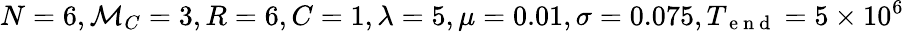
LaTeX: N=6,\mathcal{M}_{C}=3,R=6,C=1,\lambda=5,\mu=0.01,\sigma=0.075,T_{\mathrm{~e~n~d~}}=5\times 10^{6}